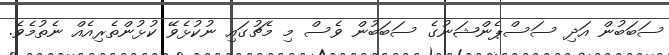
ސަބަބުން އަދި ސަސްޕެންޝަނުގެ ސަބަބުން ވެސް މި މެޗުގައި ނުކުޅެވޭ ކުޅުންތެރިއެއް ނެތުމެވެ.